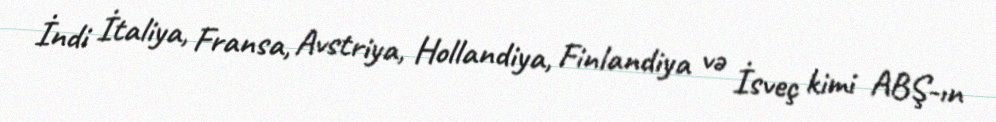
İndi İtaliya, Fransa, Avstriya, Hollandiya, Finlandiya və İsveç kimi ABŞ-ın